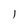
Character: l